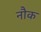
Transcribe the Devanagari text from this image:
नौक